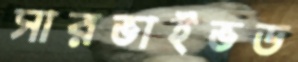
সারভাইভড